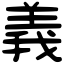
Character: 義